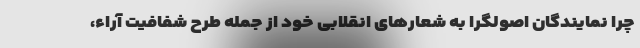
چرا نمایندگان اصولگرا به شعارهای انقلابی خود از جمله طرح شفافیت آراء،